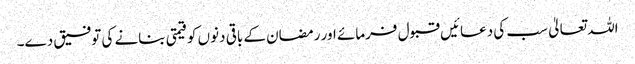
اللہ تعالیٰ سب کی دعائیں قبول فرمائے اور رمضان کے باقی دنوں کو قیمتی بنانے کی توفیق دے۔